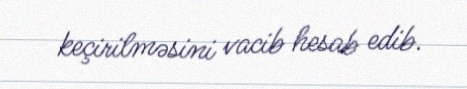
keçirilməsini vacib hesab edib.